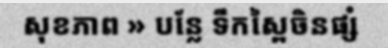
សុខភាព » បន្លែ ទឹកស្ពៃចិនផ្សំ